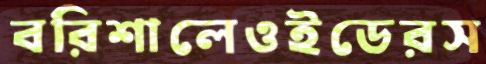
বরিশালেওইডেরস